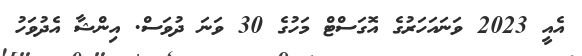
އެއީ 2023 ވަނައަހަރުގެ އޮގަސްޓް މަހުގެ 30 ވަނަ ދުވަސް. އިންޝާ އެދުވަހު